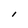
Character: l